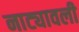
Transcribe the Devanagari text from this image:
नाट्यावली